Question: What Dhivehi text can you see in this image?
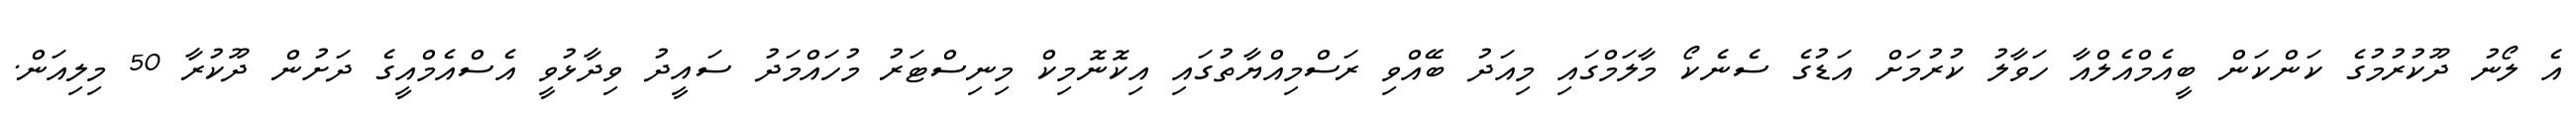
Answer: އެ ލޯނު ދޫކުރުމުގެ ކަންކަން ބީއެމްއެލްއާ ހަވާލު ކުރުމަށް އަޑުގެ ސެނެކޯ މާލަމްގައި މިއަދު ބޭއްވި ރަސްމިއްޔާތުގައި އިކޮނޮމިކް މިނިސްޓަރު މުހައްމަދު ސައީދު ވިދާޅުވީ އެސްއެމްއީގެ ދަށުން ދޫކުރާ 50 މިލިއަން.